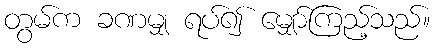
တွမ်က ခဏမျှ ရပ်၍ မျှော်ကြည့်သည်။